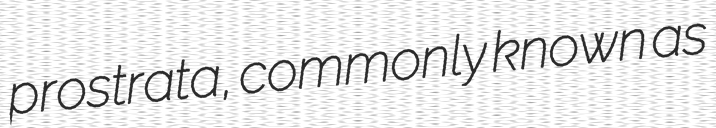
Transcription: prostrata, commonly known as